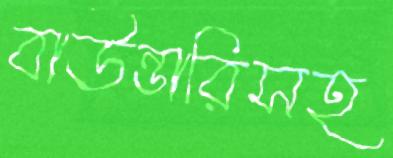
বাউন্ডারিসহ